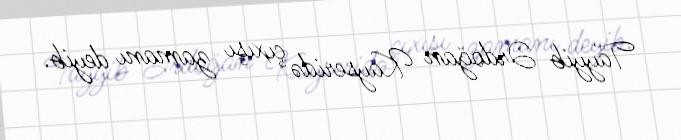
Tayyib Ərdoğan Kayseridə çıxışı zamanı deyib.